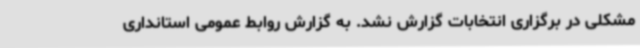
مشکلی در برگزاری انتخابات گزارش نشد. به گزارش روابط عمومی استانداری